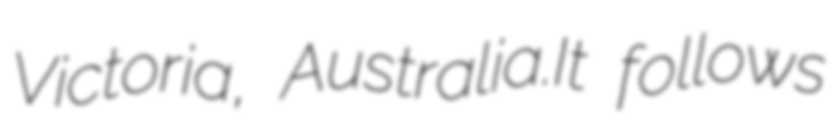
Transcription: Victoria, Australia.It follows